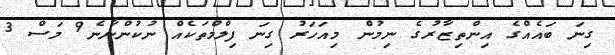
ގިނަ ބައެއްގެ އިންތިޒާރުގެ ނިމުން މިއަހަރު ގިނަ ފިލްމްތަކެއް ނުކުންނާނެ9 މަސް 3